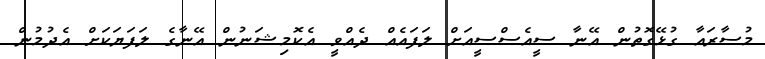
މުސާރައާ ގުޅޭގޮތުން އޭނާ ސީއެސްސީއަށް ލަފައެއް ދެއްވީ އެކޮމިޝަނުން އޭނާގެ ލަފަޔަކަށް އެދުމުން